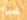
شيء